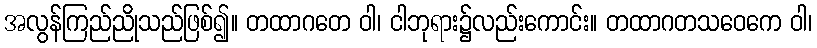
အလွန်ကြည်ညိုသည်ဖြစ်၍။ တထာဂတေ ဝါ၊ ငါဘုရား၌လည်းကောင်း။ တထာဂတသဝေကေ ဝါ၊